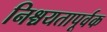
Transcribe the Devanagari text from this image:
निश्चयतापूर्वक